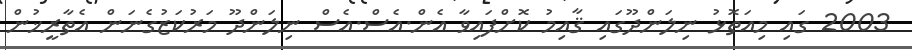
2003 ގައި މިއަތޮޅު ނިލަންދޫގައި ޤާއިމު ކޮށްފައިވާ އެން.އެސް.އެސް ނިލަންދޫ މަރުކަޒުގެނަން އެތާރީޚުން